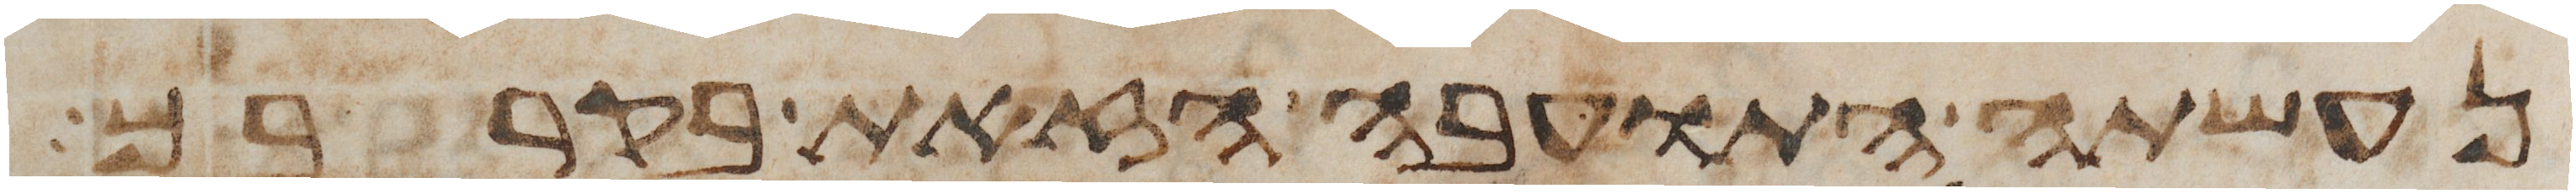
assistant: נעשתה התועבה הזאת בקרבך